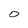
Character: 0